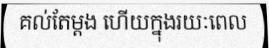
គល់តែម្តង ហើយក្នុងរយៈពេល